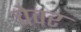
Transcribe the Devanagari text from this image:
चेवर